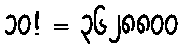
၁၀! = ၃၆၂၈၈၀၀